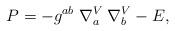
LaTeX: \begin{align*}P=-g^{ab} \; \nabla_{a}^{V} \; \nabla_{b}^{V}-E,\end{align*}